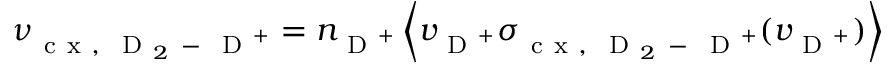
\nu _ { \mathrm { ~ c ~ x ~ , ~ } \mathrm { ~ D ~ } _ { 2 } \mathrm { ~ - ~ } \mathrm { ~ D ~ } ^ { + } } = n _ { \mathrm { ~ D ~ } ^ { + } } \left\langle v _ { \mathrm { ~ D ~ } ^ { + } } \sigma _ { \mathrm { ~ c ~ x ~ , ~ } \mathrm { ~ D ~ } _ { 2 } \mathrm { ~ - ~ } \mathrm { ~ D ~ } ^ { + } } ( v _ { \mathrm { ~ D ~ } ^ { + } } ) \right\rangle